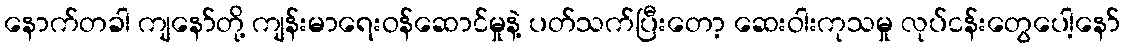
နောက်တခါ ကျနော်တို့ ကျန်းမာရေးဝန်ဆောင်မှုနဲ့ ပတ်သက်ပြီးတော့ ဆေးဝါးကုသမှု လုပ်ငန်းတွေပေါ့နော်